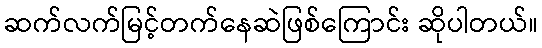
ဆက်လက်မြင့်တက်နေဆဲဖြစ်ကြောင်း ဆိုပါတယ်။